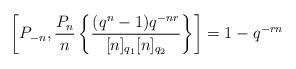
LaTeX: \begin{align*}\left[P_{-n}, \frac {P_n}n \left\{ \frac {(q^n-1)q^{-nr}}{[n]_{q_1} [n]_{q_2}} \right\} \right] = 1-q^{-rn}\end{align*}